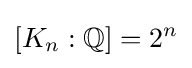
[K_{n}:\mathbb {Q} ]=2^{n}